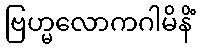
ဗြဟ္မလောကဂါမိနိံ